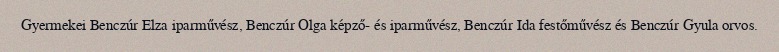
Gyermekei Benczúr Elza iparművész, Benczúr Olga képző- és iparművész, Benczúr Ida festőművész és Benczúr Gyula orvos.